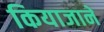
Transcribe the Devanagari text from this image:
कियाजाने